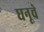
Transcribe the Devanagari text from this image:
धनूचे